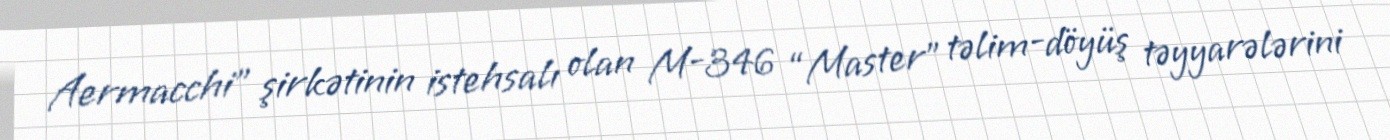
Aermacchi” şirkətinin istehsalı olan M-346 “Master” təlim-döyüş təyyarələrini